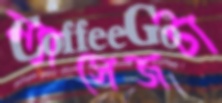
ম্যাসেজটা